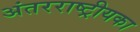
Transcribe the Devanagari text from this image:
अंतरराष्ट्रीयका